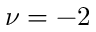
\nu = - 2